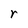
Character: r